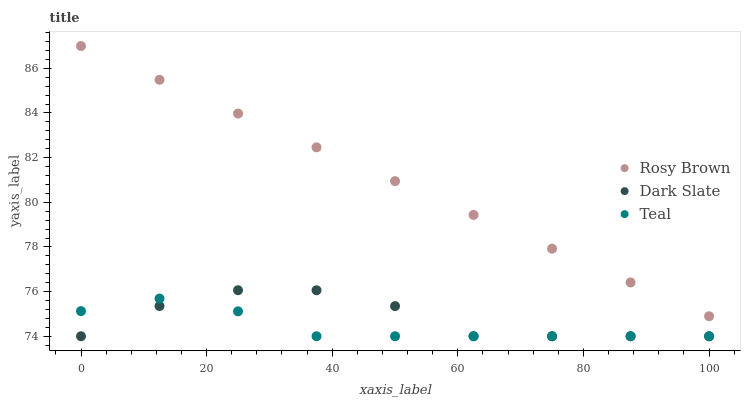
| xaxis_label | Rosy Brown | Dark Slate | Teal |
 | --- | --- | --- | --- |
 | 0 | 87 | 74 | 75.1 |
 | 12.5 | 85.5 | 75.4 | 75.7 |
 | 25 | 84 | 76.1 | 75.1 |
 | 37.5 | 82.5 | 76.1 | 74 |
 | 50 | 80.9 | 75.4 | 74 |
 | 62.5 | 79.4 | 74 | 74 |
 | 75 | 77.9 | 74 | 74 |
 | 87.5 | 76.4 | 74 | 74 |
 | 100 | 74.9 | 74 | 74 |